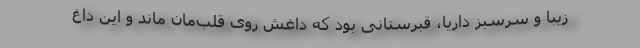
زیبا و سرسبز داریا، قبرستانی بود که داغش روی قلب‌مان ماند و این داغ